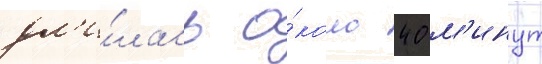
дл'и́лась о́коло 40 м'инут